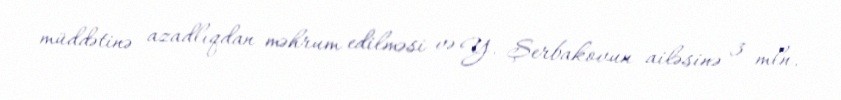
müddətinə azadlıqdan məhrum edilməsi və Y. Şerbakovun ailəsinə 3 mln.